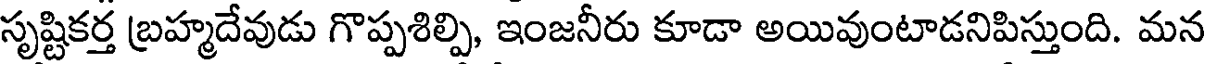
సృష్టికర్త బ్రహ్మదేవుడు గొప్పశిల్పి, ఇంజనీరు కూడా అయివుంటాడనిపిస్తుంది. మన